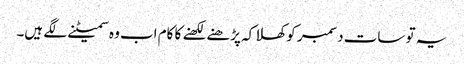
یہ تو سات دسمبر کو کھلا کہ پڑھنے لکھنے کا کام اب وہ سمیٹنے لگے ہیں۔